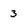
Character: 3